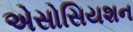
એસોસિયશન